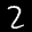
Label: 2